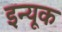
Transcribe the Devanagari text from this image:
इन्यूक